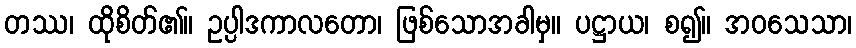
တဿ၊ ထိုစိတ်၏။ ဥပ္ပါဒကာလတော၊ ဖြစ်သောအခါမှ။ ပဋ္ဌာယ၊ စ၍။ အဝသေသာ၊